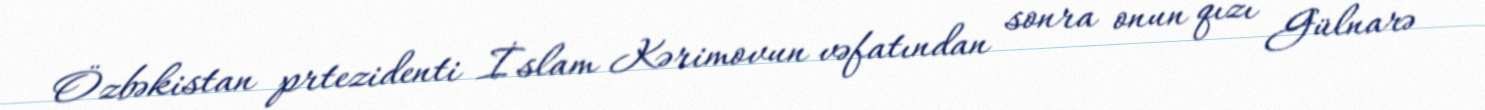
Özbəkistan prtezidenti İslam Kərimovun vəfatından sonra onun qızı Gülnarə